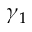
\gamma _ { 1 }